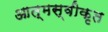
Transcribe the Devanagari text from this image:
आत्‍मस्‍वीकृत